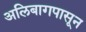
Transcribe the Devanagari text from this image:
अलिबागपासून